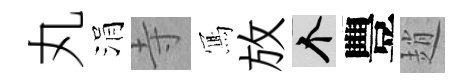
丸涓寺𭂁放个豐趙